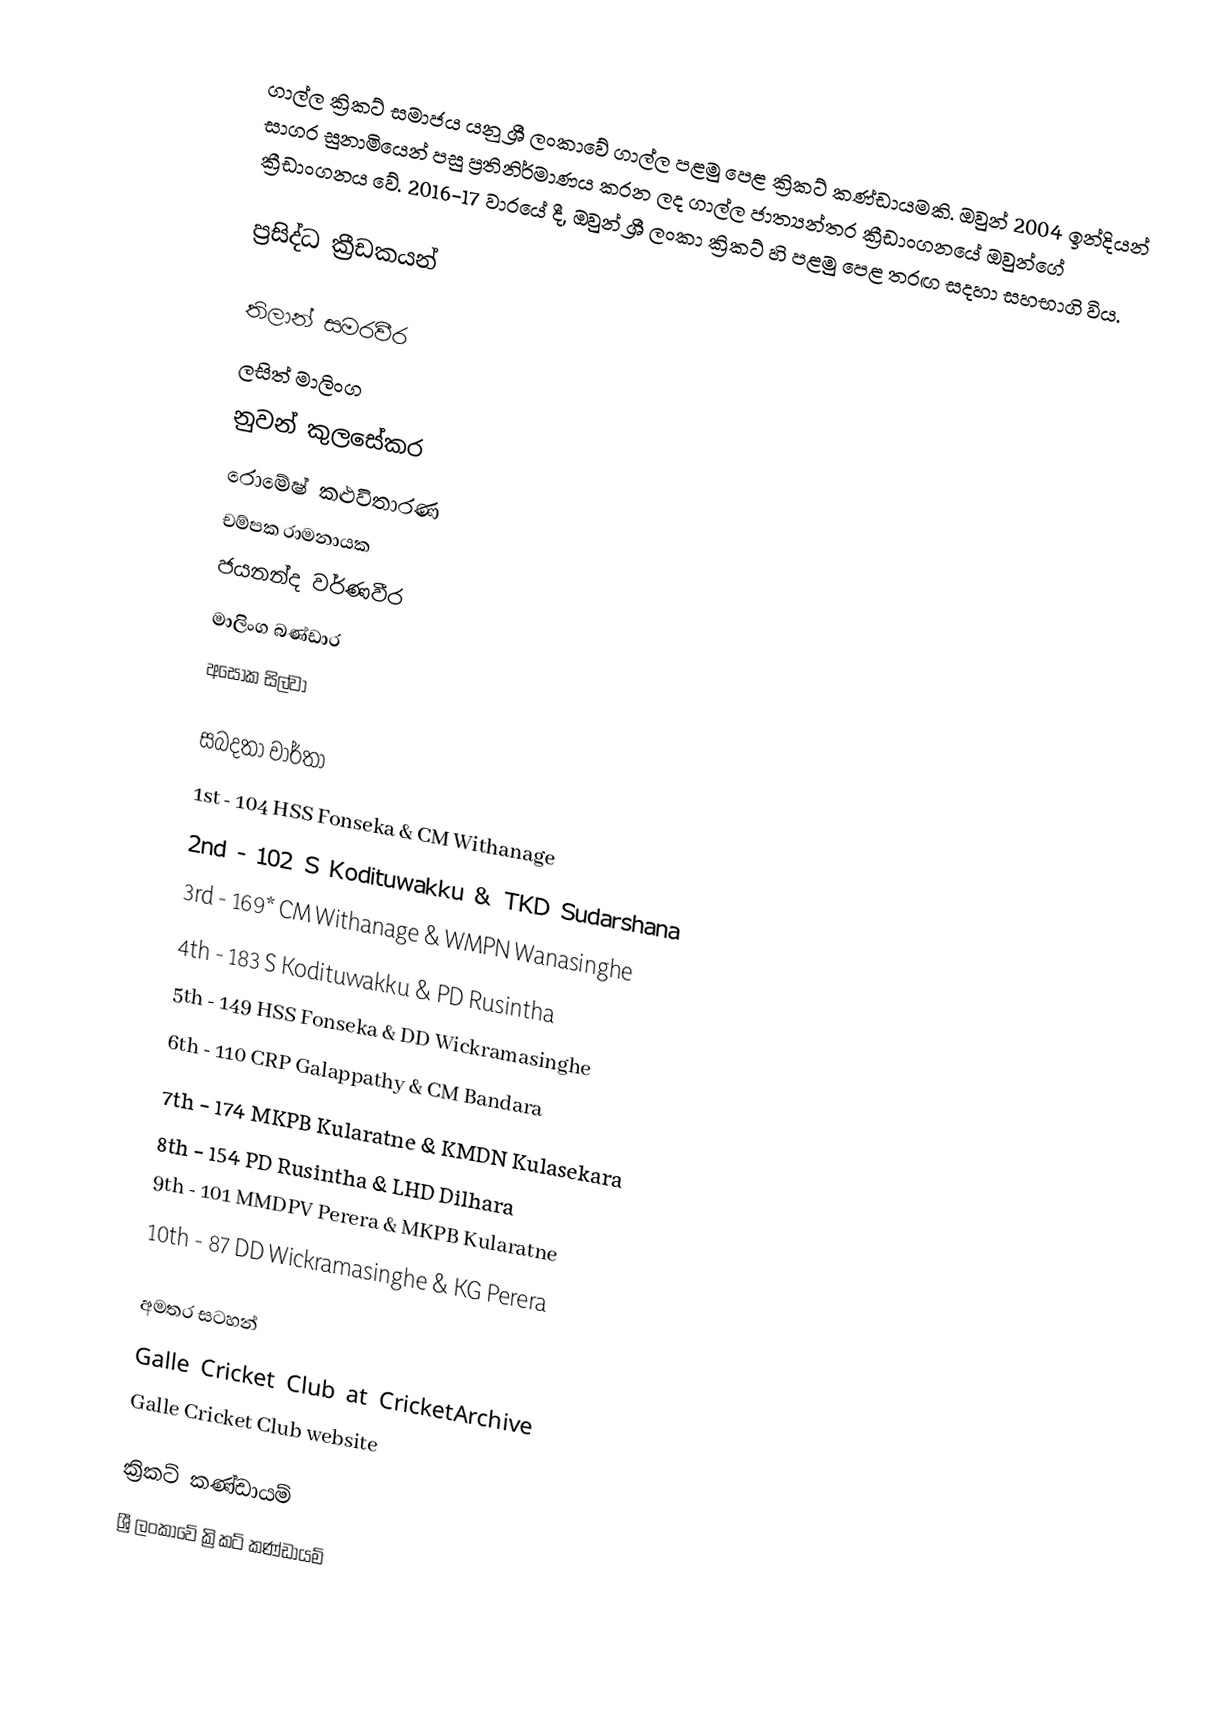
ගාල්ල ක්‍රිකට් සමාජය යනු ශ්‍රී ලංකාවේ ගාල්ල පළමු පෙළ ක්‍රිකට් කණ්ඩායමකි.  ඔවුන් 2004 ඉන්දියන් සාගර සුනාමියෙන් පසු ප්‍රතිනිර්මාණය කරන ලද ගාල්ල ජාත්‍යන්තර ක්‍රීඩාංගනයේ ඔවුන්ගේ ක්‍රීඩාංගනය වේ.  2016-17 වාරයේ දී, ඔවුන් ශ්‍රී ලංකා ක්‍රිකට් හි පළමු පෙළ තරඟ සදහා සහභාගි විය.

ප්‍රසිද්ධ ක්‍රීඩකයන්

 තිලාන් සමරවීර
 ලසිත් මාලිංග
 නුවන් කුලසේකර
 රොමේෂ් කළුවිතාරණ
 චම්පක රාමනායක
 ජයනන්ද වර්ණවීර
 මාලිංග බණ්ඩාර
 අසෝක සිල්වා

සබදතා වාර්තා
1st - 104  HSS Fonseka & CM Withanage
2nd - 102  S Kodituwakku & TKD Sudarshana
3rd - 169* CM Withanage & WMPN Wanasinghe
4th - 183  S Kodituwakku & PD Rusintha
5th - 149  HSS Fonseka & DD Wickramasinghe
6th - 110  CRP Galappathy & CM Bandara
7th - 174  MKPB Kularatne & KMDN Kulasekara
8th - 154  PD Rusintha & LHD Dilhara
9th - 101  MMDPV Perera & MKPB Kularatne
10th - 87  DD Wickramasinghe & KG Perera

අමතර සටහන්
 Galle Cricket Club at CricketArchive
 Galle Cricket Club website

ක්‍රිකට් කණ්ඩායම්
ශ්‍රී ලංකාවේ ක්‍රිකට් කණ්ඩායම්